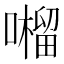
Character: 𡂆